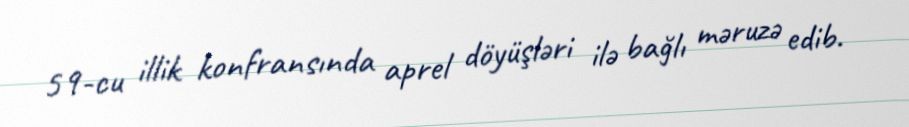
59-cu illik konfransında aprel döyüşləri ilə bağlı məruzə edib.